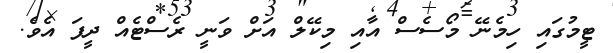
ޓީމުގައި ހިމެނޭ މޯސެސް އާއި މިކޭލް އަށް ވަނީ ރެސްޓެއް ދީފަ އެވެ.